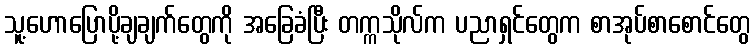
သူ့ဟောပြောပို့ချချက်တွေကို အခြေခံပြီး တက္ကသိုလ်က ပညာရှင်တွေက စာအုပ်စာစောင်တွေ